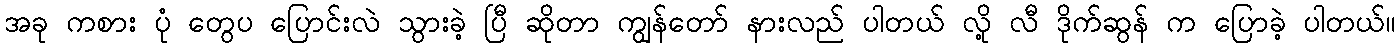
အခု ကစား ပုံ တွေပ ပြောင်းလဲ သွားခဲ့ ပြီ ဆိုတာ ကျွန်တော် နားလည် ပါတယ် လို့ လီ ဒိုက်ဆွန် က ပြောခဲ့ ပါတယ်။